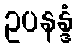
ဥပနန္ဒံ